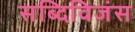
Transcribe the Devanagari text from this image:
सब्दिविजंस